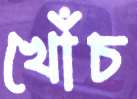
খোঁচ